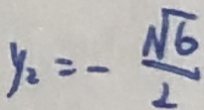
y _ { 2 } = - \frac { \sqrt { 6 } } { 2 }